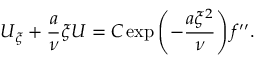
U _ { \xi } + \frac { a } { \nu } \xi U = C \exp \left( - \frac { a \xi ^ { 2 } } { \nu } \right) f ^ { \prime \prime } .